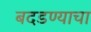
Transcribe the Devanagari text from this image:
बदडण्याचा